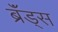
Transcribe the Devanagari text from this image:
ब्रॅंड्स